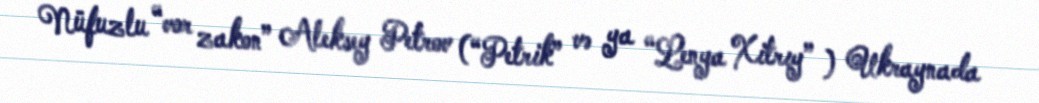
Nüfuzlu “vor zakon” Aleksey Petrov (“Petrik” və ya “Lenya Xitrıy” ) Ukraynada